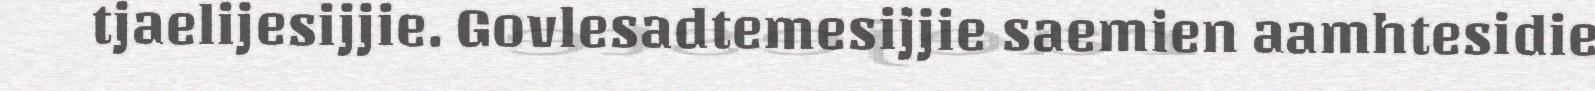
tjaelijesijjie. Govlesadtemesijjie saemien aamhtesidie